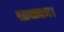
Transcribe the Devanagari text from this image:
सावधान।